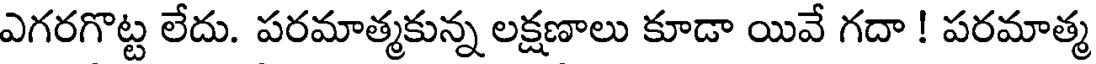
ఎగరగొట్ట లేదు. పరమాత్మకున్న లక్షణాలు కూడా యివే గదా ! పరమాత్మ